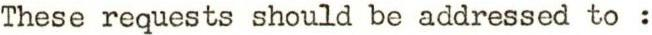
These requests should be addressed to :